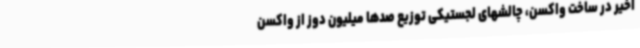
اخیر در ساخت واکسن، چالشهای لجستیکی توزیع صدها میلیون دوز از واکسن